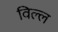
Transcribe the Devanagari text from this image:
विल्ल